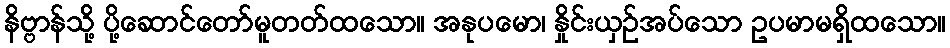
နိဗ္ဗာန်သို့ ပို့ဆောင်တော်မူတတ်ထသော။ အနုပမော၊ နှိုင်းယှဉ်အပ်သော ဥပမာမရှိထသော။